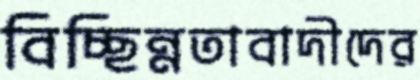
বিচ্ছিন্নতাবাদীদের